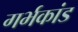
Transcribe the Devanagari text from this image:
गर्भकांड